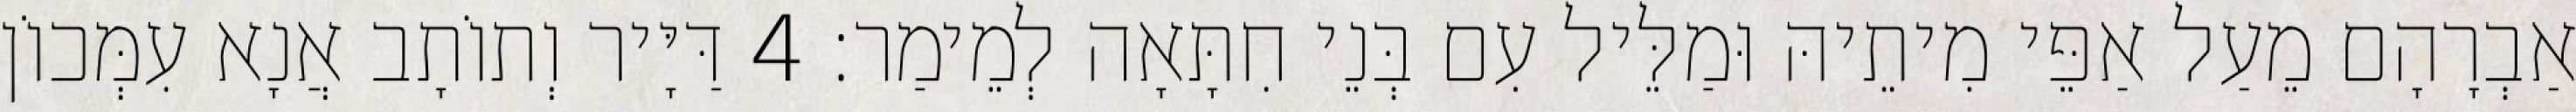
אַבְרָהָם מֵעַל אַפֵּי מִיתֵיהּ וּמַלֵּיל עִם בְּנֵי חִתָּאָה לְמֵימַר׃ 4 דַּיָּיר וְתוֹתָב אֲנָא עִמְּכוֹן